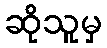
ဆိုသူမှ